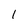
Character: l